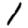
Digit: 1